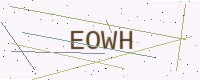
Text: EOWH